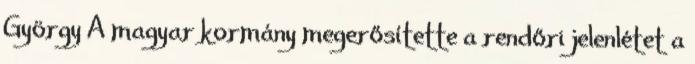
György A magyar kormány megerősítette a rendőri jelenlétet a